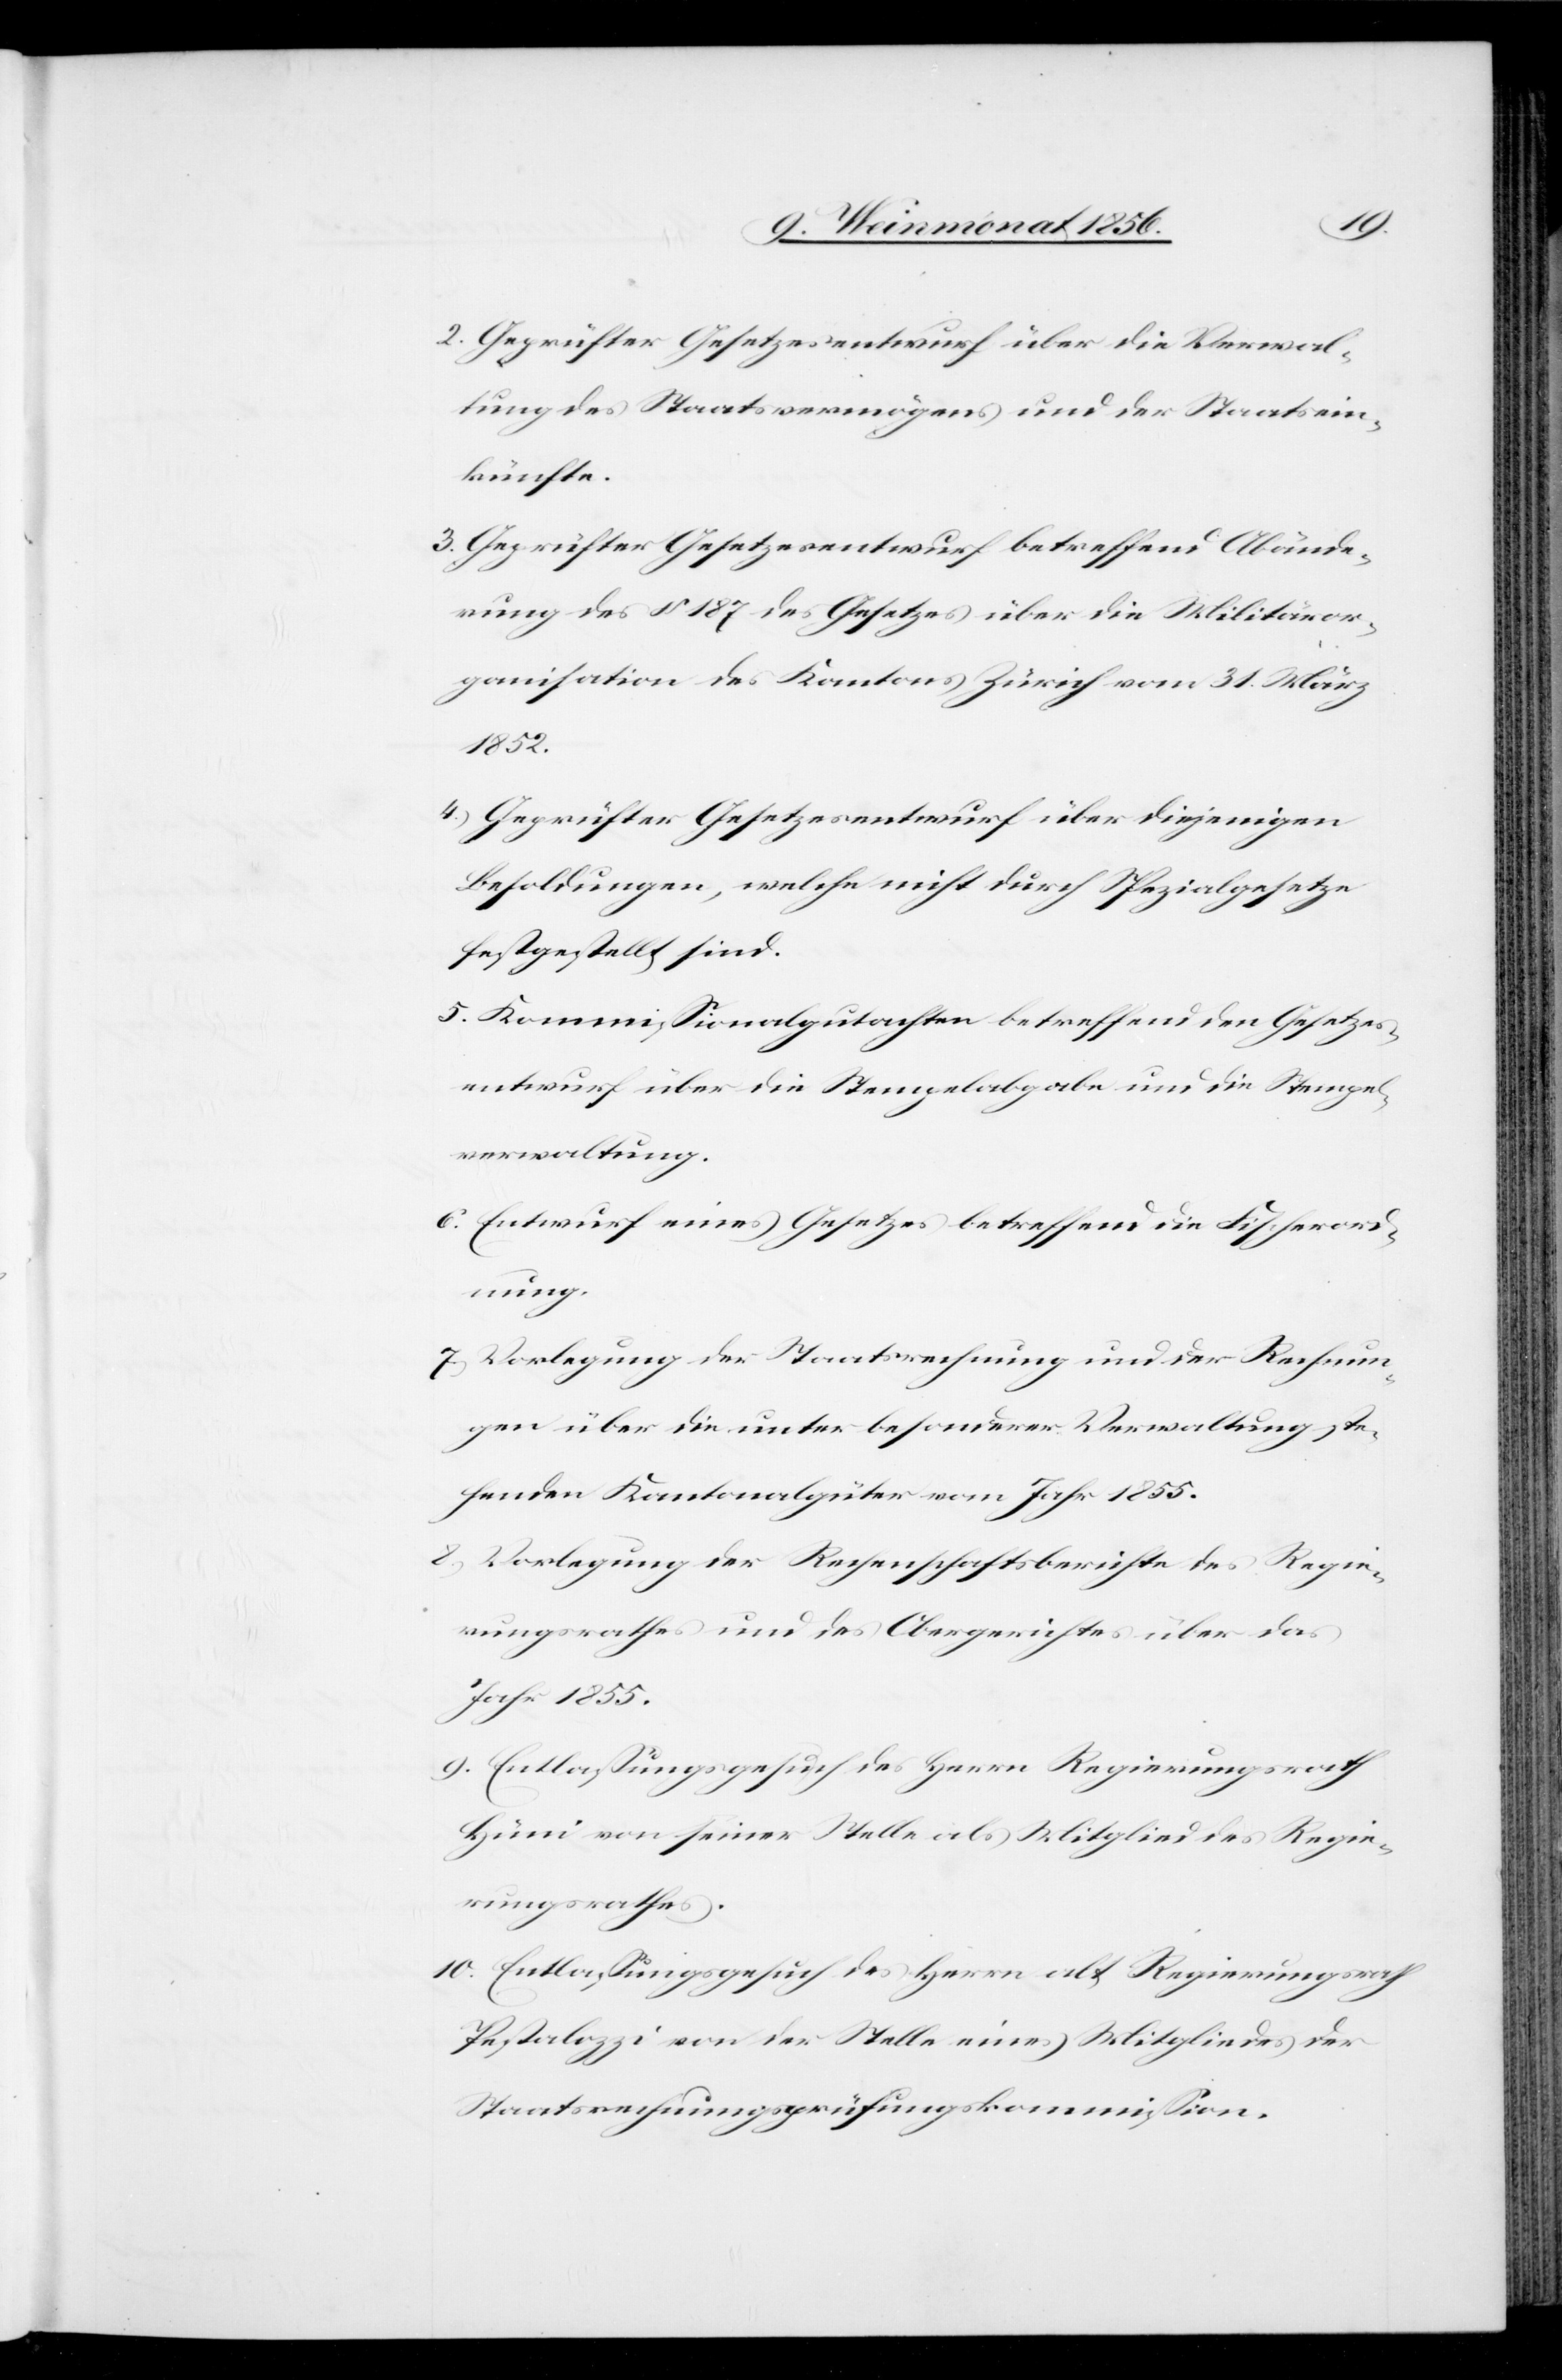
2. Geprüfter Gesetzesentwurf über die Verwal¬
tung des Staatsvermögens und der Staatsein¬
künfte.
3. Geprüfter Gesetzesentwurf betreffend Abände¬
rung des § 187 des Gesetzes über die Militäror¬
ganisation des Kantons Zürich vom 31. März
1852.
4. Geprüfter Gesetzesentwurf über diejenigen
Besoldungen, welche nicht durch Spezialgesetze
festgestellt sind.
5. Kommissionalgutachten betreffend den Gesetzes¬
entwurf über die Stempelabgabe und die Stempel¬
verwaltung.
6. Entwurf eines Gesetzes betreffend die Fischerord¬
nung.
7. Vorlegung der Staatsrechnung und der Rechnun¬
gen über die unter besonderer Verwaltung ste¬
henden Kantonalgüter vom Jahr 1855.
8. Vorlegung der Rechenschaftsberichte des Regie¬
rungsrathes und des Obergerichtes über das
Jahr 1855.
9. Entlassungsgesuch des Herrn Regierungsrath
Hüni von seiner Stelle als Mitglied des Regie¬
rungsrathes.
10. Entlassungsgesuch des Herrn alt Regierungsrath
Pestalozzi von der Stelle eines Mitgliedes der
Staatsrechnungsprüfungskommission.